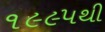
૧૯૯૫થી